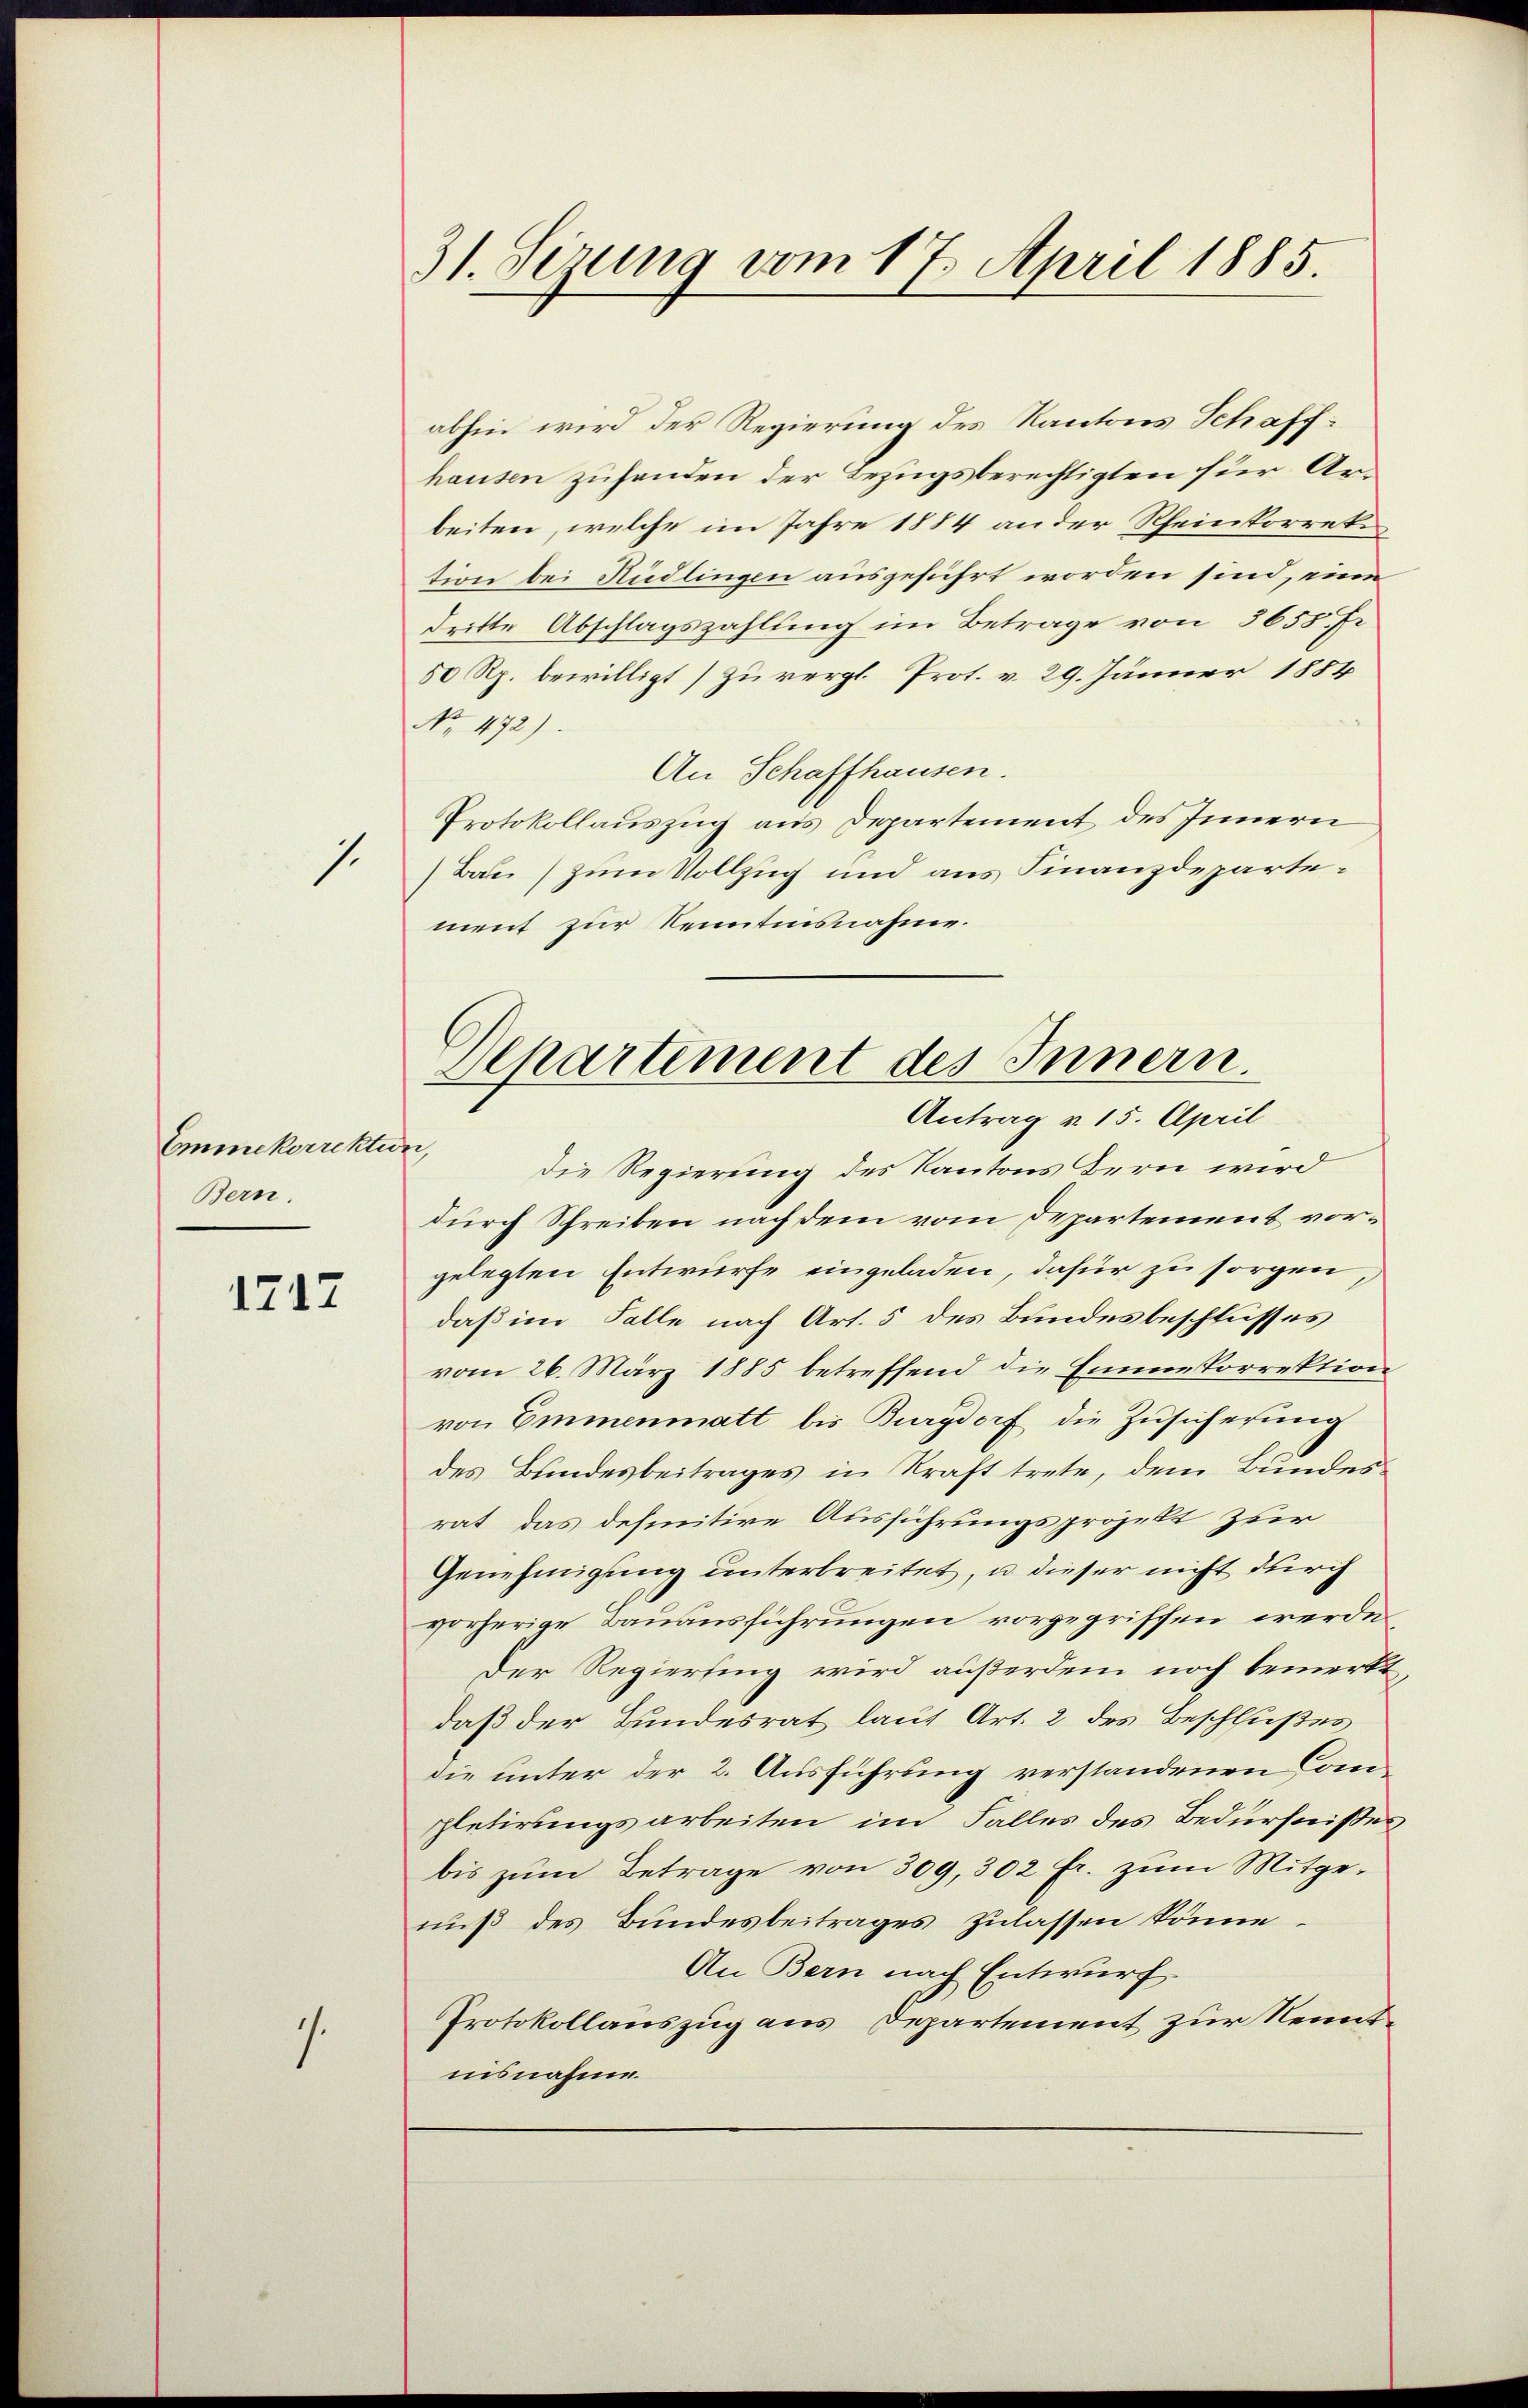
1.

Emmekorrektion,
Bern.

1717

.

31. Sizung vom 17. April 1885.

abhin wird der Regierung des Kantons Schaffhausen zuhenden der Bezugsberechtigten für Arbeiten, welche im Jahre 1884 an der Rheinkorreti
tion bei Rüdlingen ausgeführt worden sind, eine
dritte Abschlagszahlung im Betrage von 3655 f.
50 Rp. bewilligt) zu vergl. Prot. v. 29. Jänner 1884
No. 472).
An Schaffhausen.
Protokollauszug aus Departement des Innern
Bau) zum Vollzug und aus Finanzdepartement zur Kenntnisnahme.

Departement des Innern.

Antrag u. 15. April
Die Regierung des Kantons Bern wird
durch Schreiben nach dem vom Departement vorgelegten Entwurfe eingeladen, dafür zu sorgen
daß im Falle nach Art. 5 des Bundesbeschlusses
vom 26. März 1885 betreffend die Eine korrektion
von Emmenmatt bis Burgdorf die Zusicherung
des Bundesbeitrages in Kraft trete, dem Bundes
rat, das definitive Ausführungsprojekt zur
Genehmigung unterbreitet, u dieser nicht durch
vorherige Bauausführungen vorgegriffen werden,
Der Regierung wird außerdem noch bemerkt,
daß der Bundesrat laut Art. 2 des Beschlußes
die unter der 2. Ausführung verstandenen Completirungsarbeiten im Falles des Bedürfnisses
bis zŭm Betrage von 309, 302 fr. zum Mitgeniß des Bundesbeitrages zulassen könne.
An Bern nach Entwurf.
Protokollauszug aus Departement zur Kenntnisnahme.